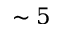
\sim 5